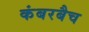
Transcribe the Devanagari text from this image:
कंबरबैच